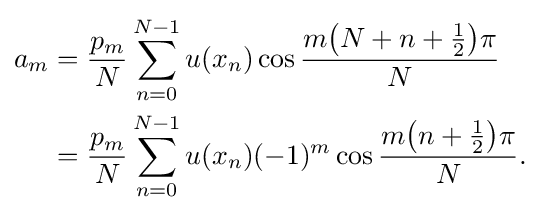
{\begin{aligned}a_{m}&={\frac {p_{m}}{N}}\sum _{n=0}^{N-1}u(x_{n})\cos {\frac {m{\bigl (}N+n+{\tfrac {1}{2}}{\bigr )}\pi }{N}}\\&={\frac {p_{m}}{N}}\sum _{n=0}^{N-1}u(x_{n})(-1)^{m}\cos {\frac {m{\bigl (}n+{\tfrac {1}{2}}{\bigr )}\pi }{N}}.\end{aligned}}